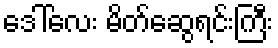
ဒေါ်လေး မိတ်ဆွေရင်းကြီး